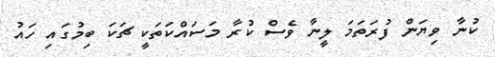
ކުނާ ވިޔަން ފުރަތަމަ ލީނާ ވެސް ކުރާ މަސައްކަތަކީ ޗަކަ ބިމުގައި ހައު